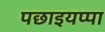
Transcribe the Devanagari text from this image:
पछाइयप्पा